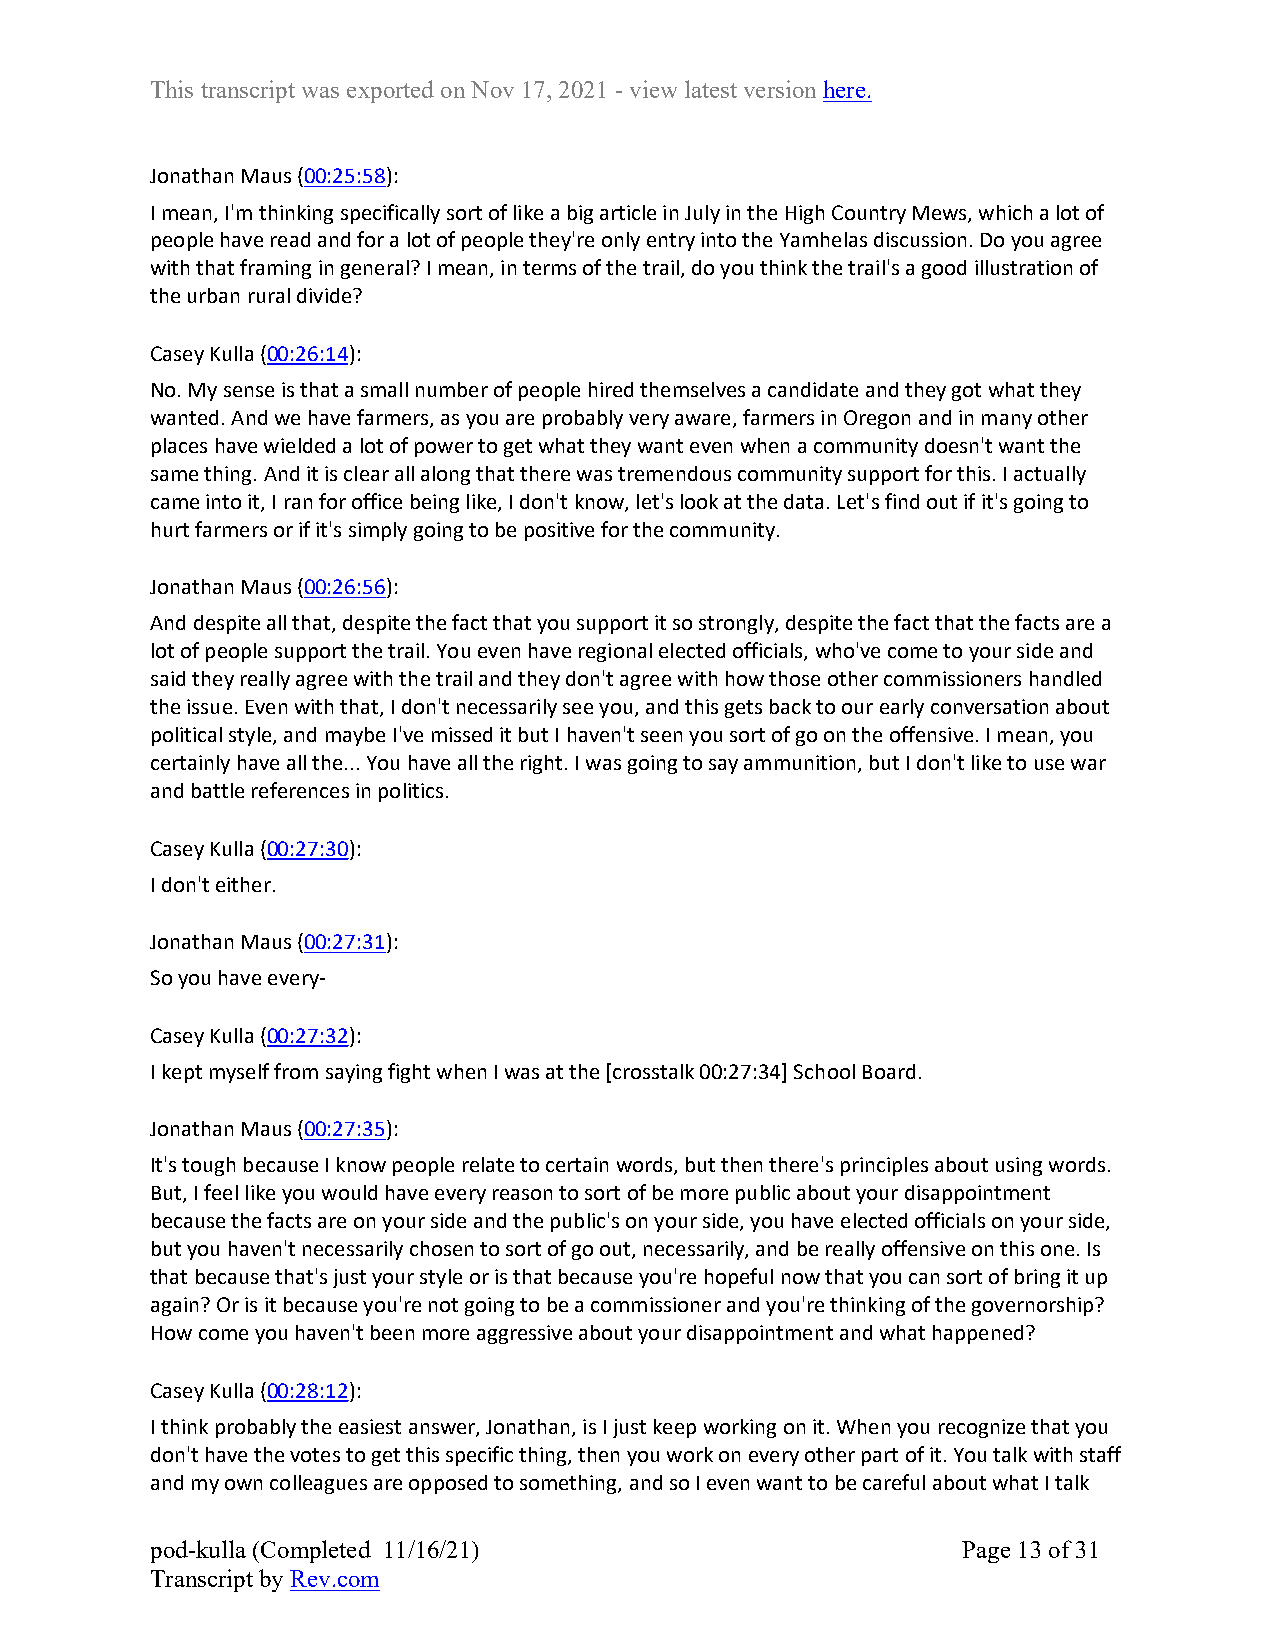
This transcript was exported on Nov 17, 2021 - view latest version here.
 Jonathan Maus (00:25:58):
 I mean, I'm thinking specifically sort of like a big article in July in the High Country Mews, which a lot of
 people have read and for a lot of people they're only entry into the Yamhelas discussion. Do you agree
 with that framing in general? I mean, in terms of the trail, do you think the trail's a good illustration of
 the urban rural divide?
 Casey Kulla (00:26:14):
 No. My sense is that a small number of people hired themselves a candidate and they got what they
 wanted. And we have farmers, as you are probably very aware, farmers in Oregon and in many other
 places have wielded a lot of power to get what they want even when a community doesn't want the
 same thing. And it is clear all along that there was tremendous community support for this. I actually
 came into it, I ran for office being like, I don't know, let's look at the data. Let's find out if it's going to
 hurt farmers or if it's simply going to be positive for the community.
 Jonathan Maus (00:26:56):
 And despite all that, despite the fact that you support it so strongly, despite the fact that the facts are a
 lot of people support the trail. You even have regional elected officials, who've come to your side and
 said they really agree with the trail and they don't agree with how those other commissioners handled
 the issue. Even with that, I don't necessarily see you, and this gets back to our early conversation about
 political style, and maybe I've missed it but I haven't seen you sort of go on the offensive. I mean, you
 certainly have all the... You have all the right. I was going to say ammunition, but I don't like to use war
 and battle references in politics.
 Casey Kulla (00:27:30):
 I don't either.
 Jonathan Maus (00:27:31):
 So you have every-
 Casey Kulla (00:27:32):
 I kept myself from saying fight when I was at the [crosstalk 00:27:34] School Board.
 Jonathan Maus (00:27:35):
 It's tough because I know people relate to certain words, but then there's principles about using words.
 But, I feel like you would have every reason to sort of be more public about your disappointment
 because the facts are on your side and the public's on your side, you have elected officials on your side,
 but you haven't necessarily chosen to sort of go out, necessarily, and be really offensive on this one. Is
 that because that's just your style or is that because you're hopeful now that you can sort of bring it up
 again? Or is it because you're not going to be a commissioner and you're thinking of the governorship?
 How come you haven't been more aggressive about your disappointment and what happened?
 Casey Kulla (00:28:12):
 I think probably the easiest answer, Jonathan, is I just keep working on it. When you recognize that you
 don't have the votes to get this specific thing, then you work on every other part of it. You talk with staff
 and my own colleagues are opposed to something, and so I even want to be careful about what I talk
 pod-kulla (Completed 11/16/21)                        Page 13 of 31
 Transcript by Rev.com